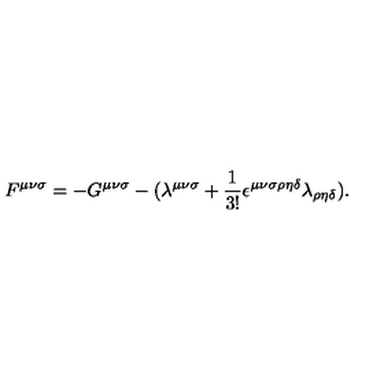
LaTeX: F ^ { { \mu } { \nu } { \sigma } } = - G ^ { { \mu } { \nu } { \sigma } } - ( { \lambda } ^ { { \mu } { \nu } { \sigma } } + \frac { 1 } { 3 ! } { \epsilon } ^ { { \mu } { \nu } { \sigma } { \rho } { \eta } { \delta } } { \lambda } _ { { \rho } { \eta } { \delta } } ) .